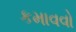
કમાવવો